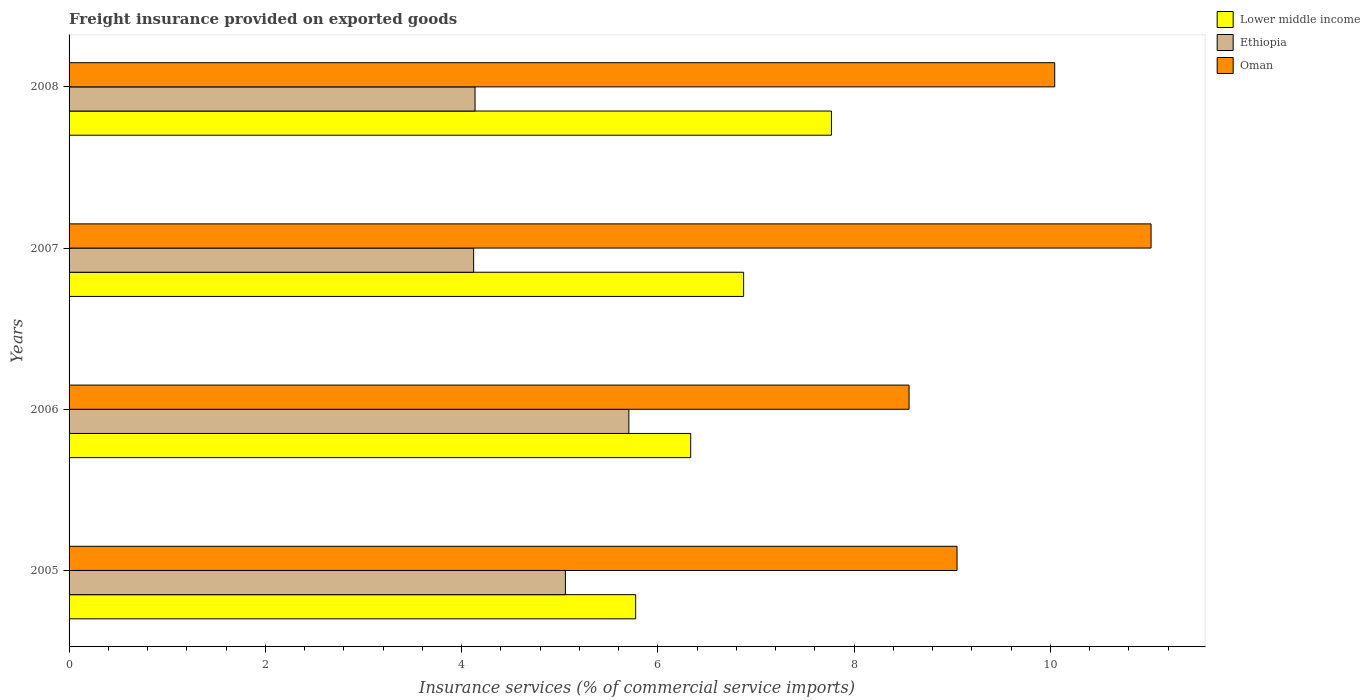
| Years | Lower middle income | Ethiopia | Oman |
 | --- | --- | --- | --- |
 | 2005 | 5.77 | 5.06 | 9.05 |
 | 2006 | 6.33 | 5.7 | 8.56 |
 | 2007 | 6.87 | 4.12 | 11 |
 | 2008 | 7.77 | 4.14 | 10 |